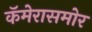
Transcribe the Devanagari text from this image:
कॅमेरासमोर